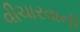
વીચારવાની